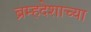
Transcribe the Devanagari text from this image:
ब्रम्हदेशाच्या